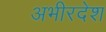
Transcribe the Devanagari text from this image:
अभीरदेश